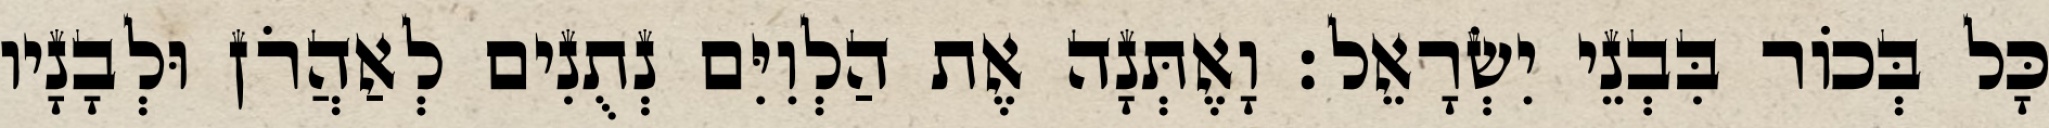
כָּל בְּכוֹר בִּבְנֵי יִשְׂרָאֵל׃ וָאֶתְּנָה אֶת הַלְוִיִּם נְתֻנִים לְאַהֲרֹן וּלְבָנָיו